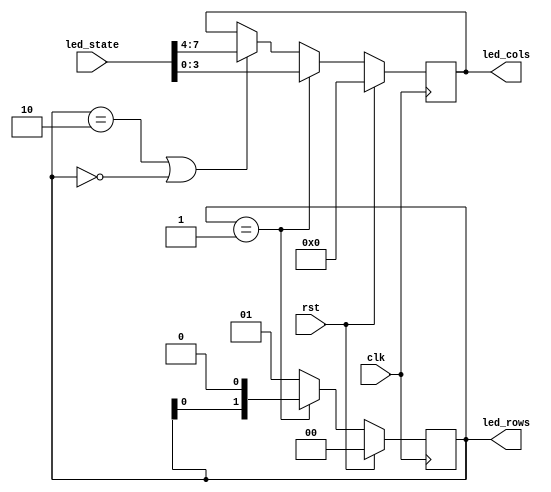
/*
   This file was generated automatically by the Mojo IDE version B1.3.6.
   Do not edit this file directly. Instead edit the original Lucid source.
   This is a temporary file and any changes made to it will be destroyed.
*/

module display_7 (
    input clk,
    input rst,
    input [7:0] led_state,
    output reg [3:0] led_cols,
    output reg [1:0] led_rows
  );
  
  
  
  localparam NUMBER_ROWS = 2'h2;
  
  localparam NUMBER_COLUMNS = 3'h4;
  
  reg [1:0] M_rows_d, M_rows_q = 1'h0;
  reg [3:0] M_cols_d, M_cols_q = 1'h0;
  
  always @* begin
    M_cols_d = M_cols_q;
    M_rows_d = M_rows_q;
    
    M_rows_d = 2'h1;
    led_cols = M_cols_q;
    led_rows = M_rows_q;
    if (M_rows_q == 2'h1) begin
      M_cols_d = led_state[0+3-:4];
      M_rows_d = M_rows_q << 1'h1;
    end else begin
      if (M_rows_q == 2'h2 || M_rows_q == 2'h0) begin
        M_cols_d = led_state[4+3-:4];
        M_rows_d = 2'h1;
      end
    end
  end
  
  always @(posedge clk) begin
    if (rst == 1'b1) begin
      M_rows_q <= 1'h0;
      M_cols_q <= 1'h0;
    end else begin
      M_rows_q <= M_rows_d;
      M_cols_q <= M_cols_d;
    end
  end
  
endmodule